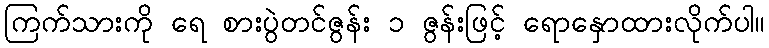
ကြက်သားကို ရေ စားပွဲတင်ဇွန်း ၁ ဇွန်းဖြင့် ရောနှောထားလိုက်ပါ။